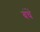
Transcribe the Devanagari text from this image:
बंधें